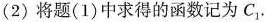
(2)将题(1)中求得的函数记为C_{1}.